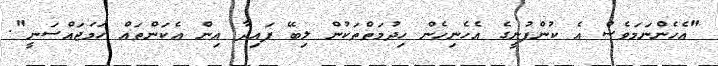
"އެހެންނަމަވެސް އެ ކުންފުނީގެ އެހެނިހެން ހިދުމަތްތަކުން ލިބޭ ފައިދާ އިން އެކަންތައް ހަމަޖައްސަނީ".